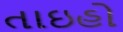
તાઇહો